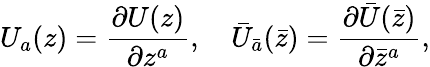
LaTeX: U_{a}(z)=\frac{\partial U(z)}{\partial z^{a}},\quad{\bar{U}}_{\bar{a}}(\bar{z})=\frac{\partial{\bar{U}}({\bar{z}})}{\partial{\bar{z}}^{a}},